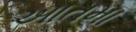
આતમા